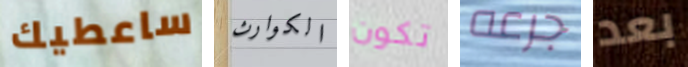
ساعطيك الكوارث تكون جرعه بعد